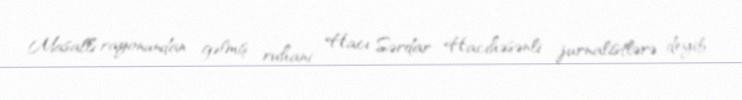
Masallı rayonundan gəlmiş ruhani Hacı Sərdar Hacıhəsənli jurnalistlərə deyib